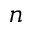
n